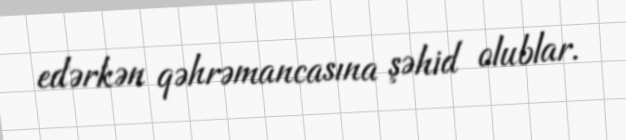
edərkən qəhrəmancasına şəhid olublar.